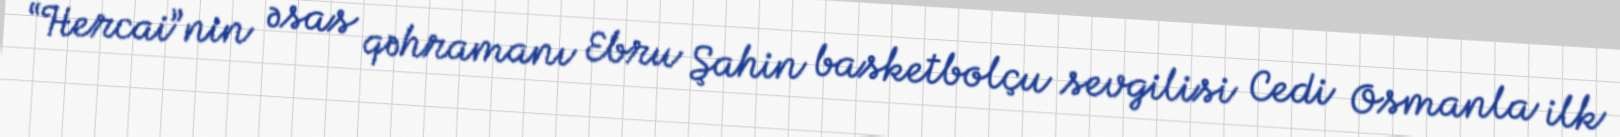
“Hercai”nin əsas qəhramanı Ebru Şahin basketbolçu sevgilisi Cedi Osmanla ilk